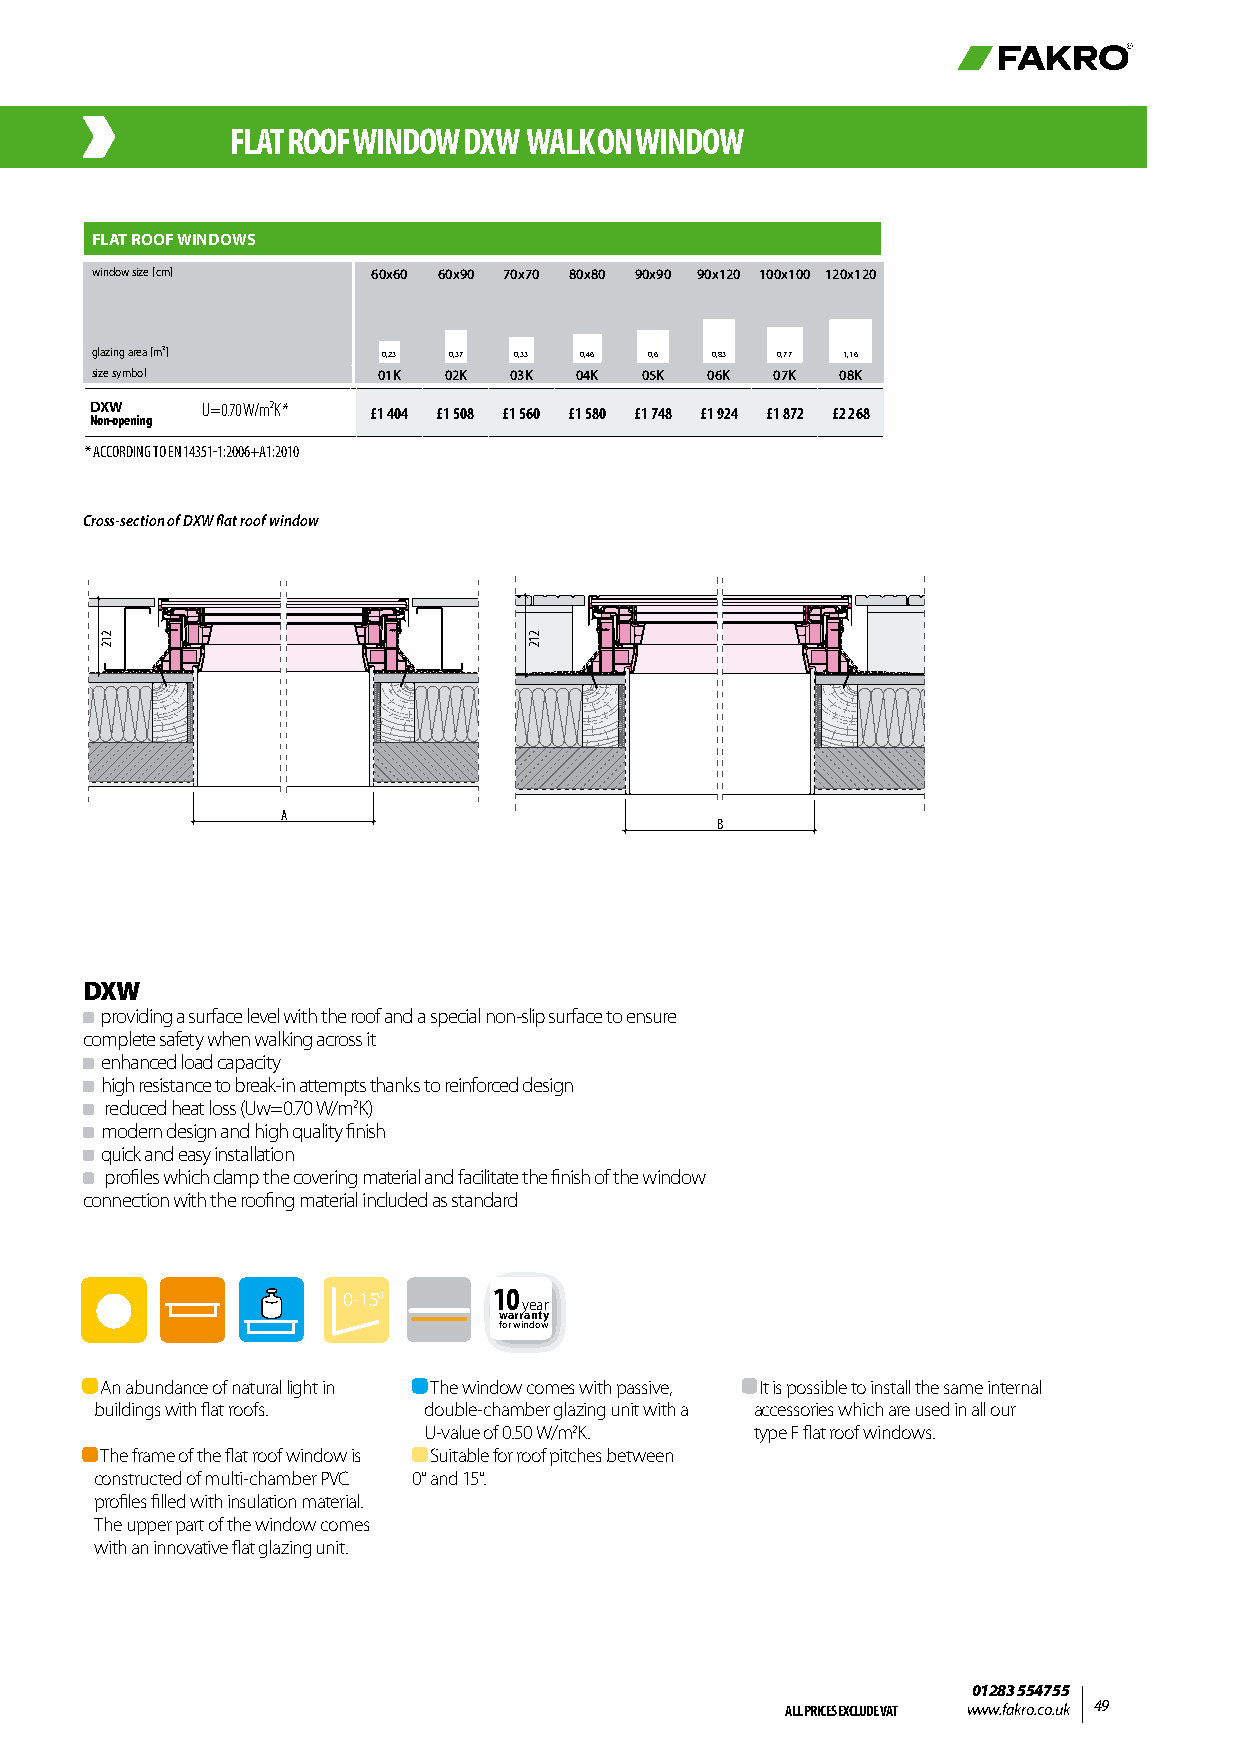
FLAT ROOF WINDOW DXW WALK ON WINDOW
 FLAT ROOF WINDOWS
 window size [cm]   60x60 60x90 70x70 80x80 90x90 90x120 100x100 120x120
 glazing area [m²]  0,23 0,37 0,33 0,46 0,6 0,83 0,77 1,16
 size symbol        01K 02K  03K 04K 05K  06K 07K  08K
 DXW    U=0.70 W/m²K * £1 404 £1 508 £1 560 £1 580 £1 748 £1 924 £1 872 £2 268
 Non-opening
 * ACCORDING TO EN 14351-1:2006+A1:2010
 Cross-section of DXW flat roof window
 B
 A
 B
 DXW
 providing a surface level with the roof and a special non-slip surface to ensure
 complete safety when walking across it
 enhanced load capacity
 high resistance to break-in attempts thanks to reinforced design
 reduced heat loss (Uw=0.70 W/m2K) A
 modern design and high quality finish
 quick and easy installation
 profiles which clamp the covering material and facilitate the finish of the window
 connection with the roofing material included as standard
 0-150     10
 year
 warranty
 for window
 An abundance of natural light in The window comes with passive, It is possible to install the same internal
 buildings with flat roofs. double-chamber glazing unit with a accessories which are used in all our
 U-value of 0.50 W/m2K. type F flat roof windows.
 The frame of the flat roof window is Suitable for roof pitches between
 constructed of multi-chamber PVC 0° and 15°.
 profiles filled with insulation material.
 The upper part of the window comes
 with an innovative flat glazing unit.
 01283 554755
 ALL PRICES EXCLUDE VAT www.fakro.co.uk 49
 212
 212
 212
 212